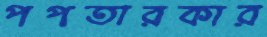
পপতারকার